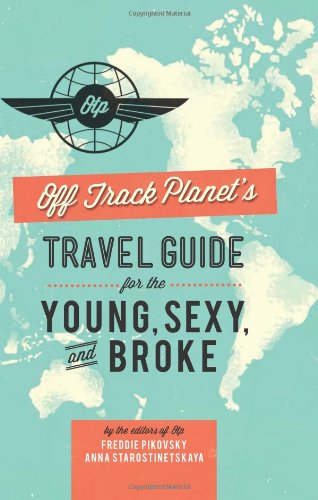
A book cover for Off Track PlanetEEs Travel Guide for the Young, Sexy, and Broke; Editors of Off Track Planet; Travel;